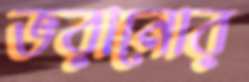
ভরানোর